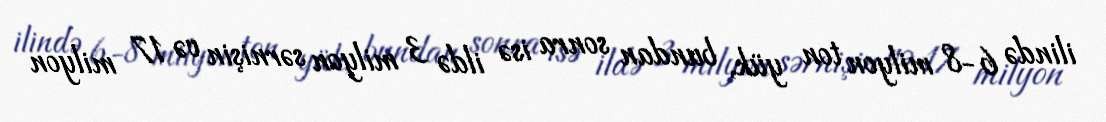
ilində 6-8 milyon ton yük, bundan sonra isə ildə 3 milyon sərnişin və 17 milyon